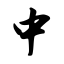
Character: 中